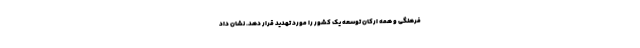
فرهنگی و همه ارکان توسعه یک کشور را مورد تهدید قرار دهد. نشان داد